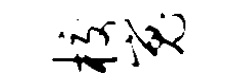
校嵬